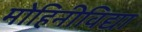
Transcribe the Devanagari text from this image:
मोहिनीविद्या